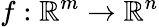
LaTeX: f:\mathbb{R}^{m}\to\mathbb{R}^{n}